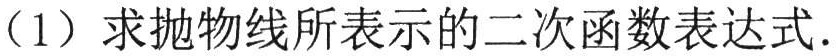
（1）求抛物线所表示的二次函数表达式.